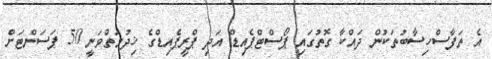
އެ ތަފާސްހިސާބުތަކުން ދައްކާ ގޮތުގައި ޕޯސްޓްޕެއިޑް އަދި ޕްރީޕެއިޑްގެ ޚިދުމަތްވަނީ 50 ޕަސަންޓަށް